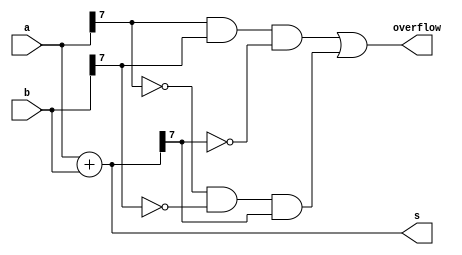
`timescale 1ns / 1ps
//////////////////////////////////////////////////////////////////////////////////
// Company: 
// Engineer: 
// 
// Design Name: 
// Module Name: ece241_2014_q1c
// Project Name: 
// Target Devices: 
// Tool Versions: 
// Description: 
// 
// Dependencies: 
// 
// Revision:
// Revision 0.01 - File Created
// Additional Comments:
// 
//////////////////////////////////////////////////////////////////////////////////


module ece241_2014_q1c(
    input [7:0] a,
    input [7:0] b,
    output [7:0] s,
    output overflow
    );

	assign s=a+b;
	assign overflow = (a[7]&b[7]&(~s[7])) | ((~a[7])&(~b[7])&(s[7]));
endmodule